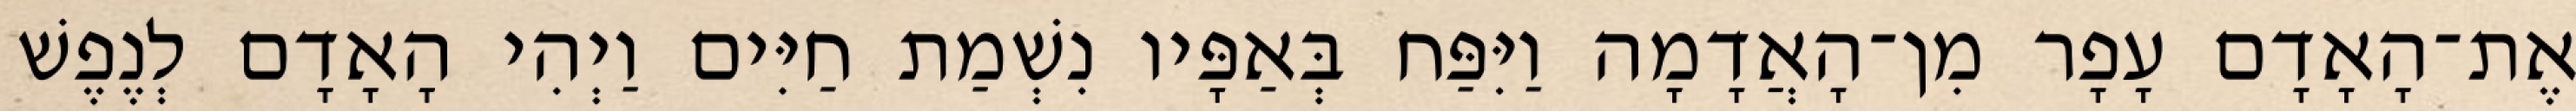
אֶת־הָאָדָם עָפָר מִן־הָאֲדָמָה וַיִּפַּח בְּאַפָּיו נִשְׁמַת חַיִּים וַיְהִי הָאָדָם לְנֶפֶשׁ